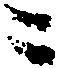
ニ